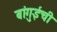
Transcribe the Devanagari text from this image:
बांगुईची